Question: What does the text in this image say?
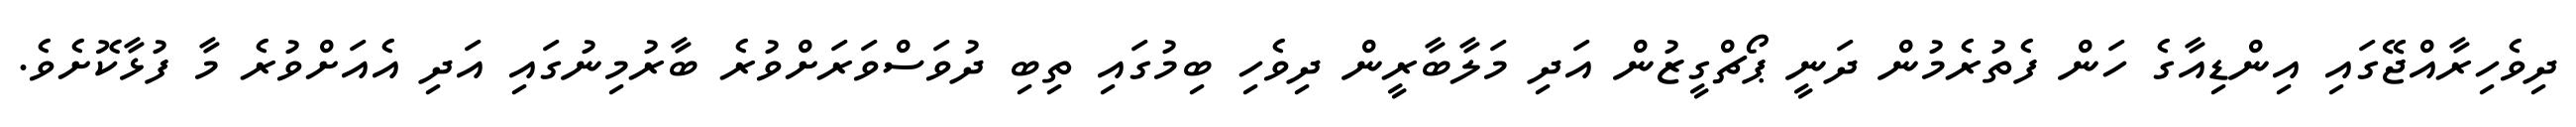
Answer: ދިވެހިރާއްޖޭގައި އިންޑިއާގެ ހަން ފެތުރެމުން ދަނީ ޕޯޗްގީޒުން އަދި މަލާބާރީން ދިވެހި ބިމުގައި ތިބި ދުވަސްވަރަށްވުރެ ބާރުމިނުގައި އަދި އެއަށްވުރެ މާ ފުޅާކޮށެވެ.